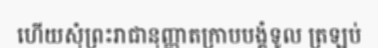
ហើយសុំព្រះរាជានុញ្ញាតក្រាបបង្គំទូល ត្រឡប់